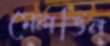
মেলভিন